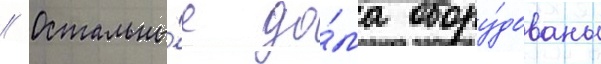
// Остальны́е до́ма обору́дованы